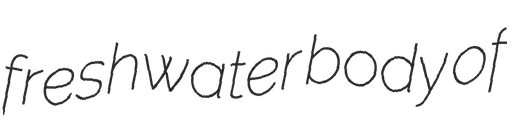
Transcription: freshwater body of